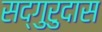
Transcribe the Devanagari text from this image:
सद्‌गुरुदास